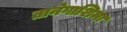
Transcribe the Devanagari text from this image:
तानेगाशिमा